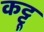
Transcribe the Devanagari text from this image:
कट्टू